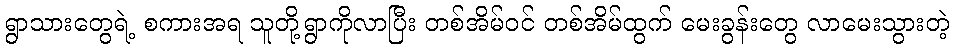
ရွာသားတွေရဲ့ စကားအရ သူတို့ရွာကိုလာပြီး တစ်အိမ်ဝင် တစ်အိမ်ထွက် မေးခွန်းတွေ လာမေးသွားတဲ့